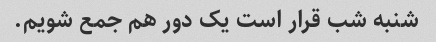
شنبه شب قرار است یک دور هم جمع شویم.